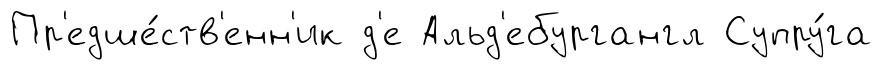
Пр'едше́ств'енн'ик д'е Альд'ебургангл Супру́га